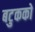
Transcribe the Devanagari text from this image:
बटुकको